画像に写った文字を読んでください
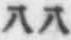
「八八」と書いてあります